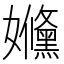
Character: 𡤥